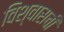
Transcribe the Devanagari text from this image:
विश्वासची